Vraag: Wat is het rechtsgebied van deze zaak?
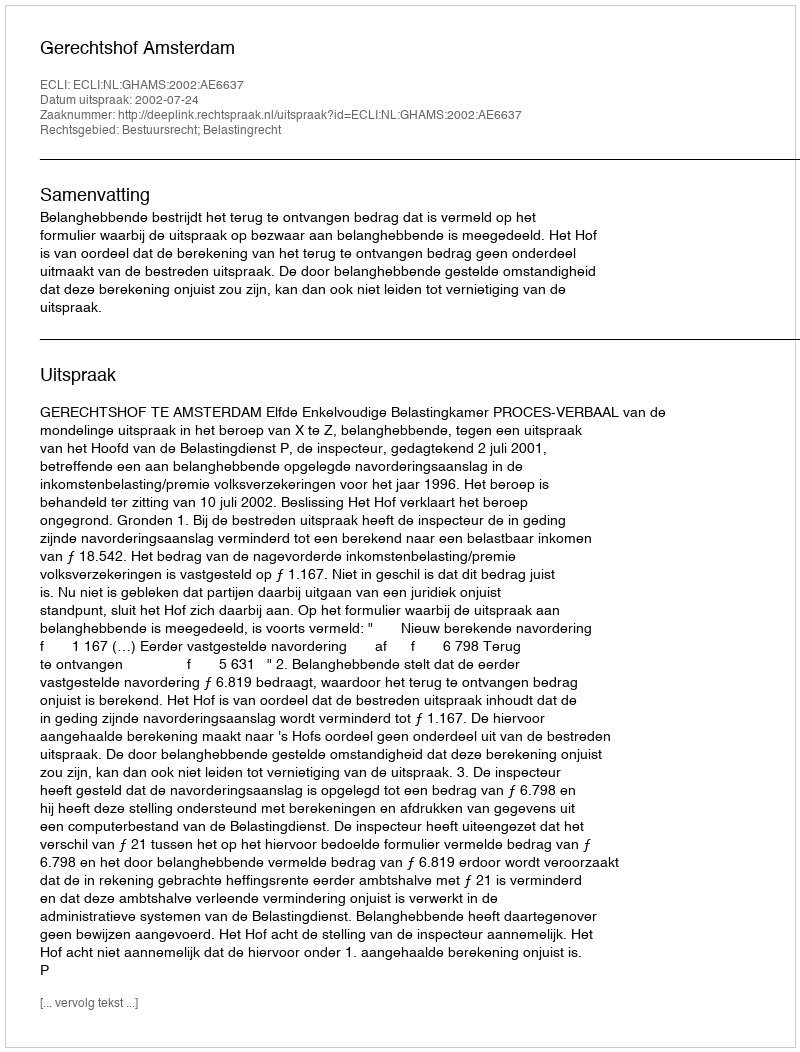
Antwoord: Bestuursrecht; Belastingrecht